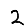
Digit: 2